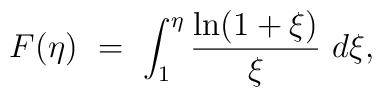
F(\eta) \ =\ \int_1^\eta \frac {\ln(1+\xi)}\xi \ d\xi,